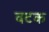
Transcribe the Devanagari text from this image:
वटक